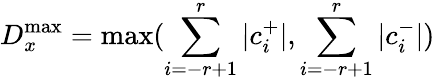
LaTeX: D_{x}^{\operatorname*{max}}=\operatorname*{max}(\sum_{i=-r+1}^{r}|c_{i}^{+}|,\sum_{i=-r+1}^{r}|c_{i}^{-}|)